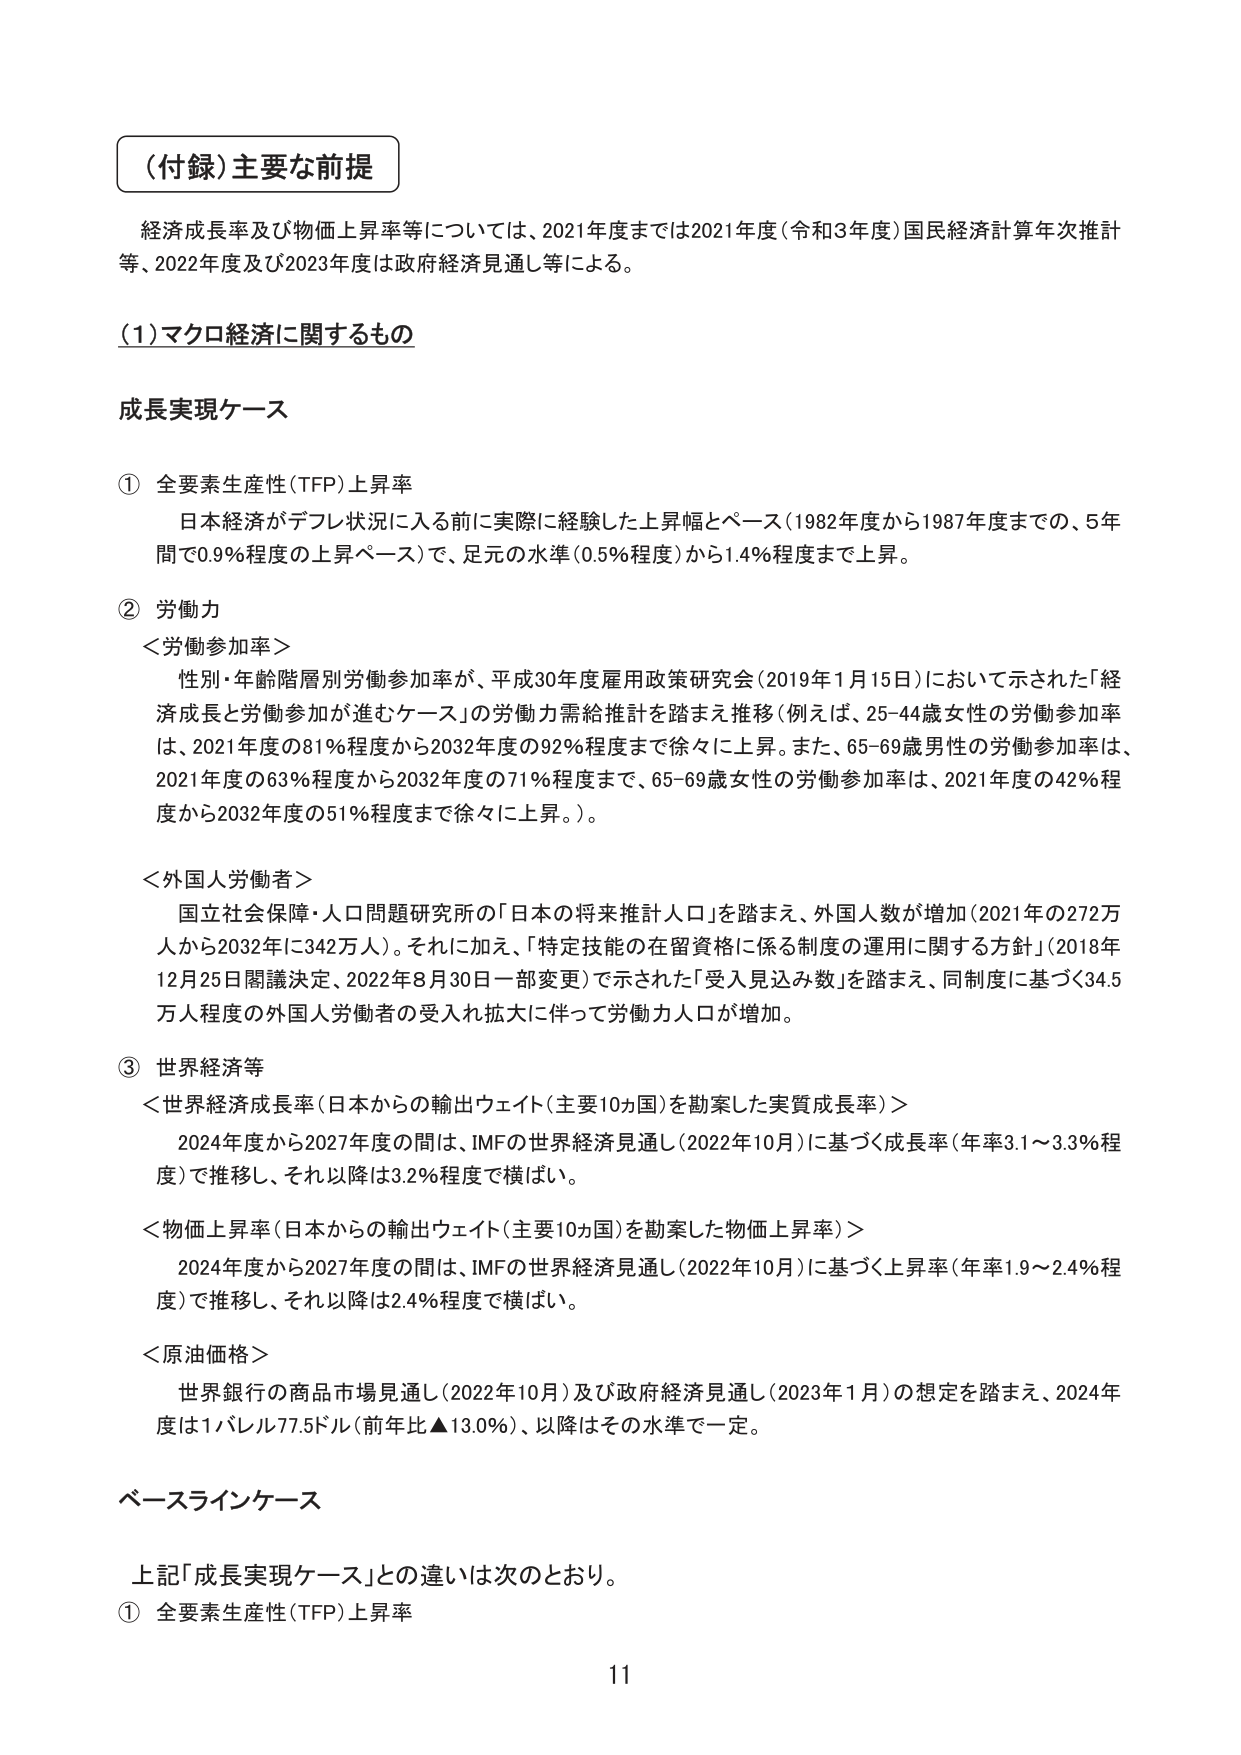
（付録）主要な前提

経済成長率及び物価上昇率等については、2021年度までは2021年度（令和3年度）国民経済計算年次推計等、2022年度及び2023年度は政府経済見通し等による。

（1）マクロ経済に関するもの

成長実現ケース

① 全要素生産性（TFP）上昇率
　日本経済がデフレ状況に入る前に実際に経験した上昇幅とペース（1982年度から1987年度までの、5年間で0.9％程度の上昇ペース）で、足元の水準（0.5％程度）から1.4％程度まで上昇。

② 労働力
　＜労働参加率＞
　　性別・年齢階層別労働参加率が、平成30年度雇用政策研究会（2019年1月15日）において示された「経済成長と労働参加が進むケース」の労働力需給推計を踏まえ推移（例えば、25-44歳女性の労働参加率は、2021年度の81％程度から2032年度の92％程度まで徐々に上昇。また、65-69歳男性の労働参加率は、2021年度の63％程度から2032年度の71％程度まで、65-69歳女性の労働参加率は、2021年度の42％程度から2032年度の51％程度まで徐々に上昇。）。

　＜外国人労働者＞
　　国立社会保障・人口問題研究所の「日本の将来推計人口」を踏まえ、外国人数が増加（2021年の272万人から2032年に342万人）。それに加え、「特定技能の在留資格に係る制度の運用に関する方針」（2018年12月25日閣議決定、2022年8月30日一部変更）で示された「受入見込み数」を踏まえ、同制度に基づく34.5万人程度の外国人労働者の受入れ拡大に伴って労働力人口が増加。

③ 世界経済等
　＜世界経済成長率（日本からの輸出ウェイト（主要10ヵ国）を勘案した実質成長率）＞
　　2024年度から2027年度の間は、IMFの世界経済見通し（2022年10月）に基づく成長率（年率3.1～3.3％程度）で推移し、それ以降は3.2％程度で横ばい。

　＜物価上昇率（日本からの輸出ウェイト（主要10ヵ国）を勘案した物価上昇率）＞
　　2024年度から2027年度の間は、IMFの世界経済見通し（2022年10月）に基づく上昇率（年率1.9～2.4％程度）で推移し、それ以降は2.4％程度で横ばい。

　＜原油価格＞
　　世界銀行の商品市場見通し（2022年10月）及び政府経済見通し（2023年1月）の想定を踏まえ、2024年度は1バレル77.5ドル（前年比▲13.0％）、以降はその水準で一定。

ベースラインケース

　上記「成長実現ケース」との違いは次のとおり。
① 全要素生産性（TFP）上昇率

11